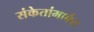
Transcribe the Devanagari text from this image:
संकेतांमार्फत